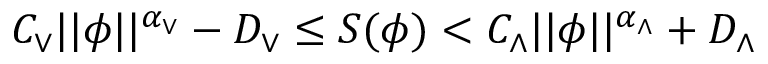
\begin{array} { r } { C _ { \vee } \vert \vert \phi \vert \vert ^ { \alpha _ { \vee } } - D _ { \vee } \leq S ( \phi ) < C _ { \wedge } \vert \vert \phi \vert \vert ^ { \alpha _ { \wedge } } + D _ { \wedge } } \end{array}